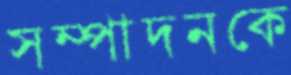
সম্পাদনকে